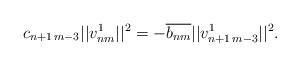
LaTeX: \begin{align*} c_{n+1\,m-3}||v_{nm}^1||^2= -\overline{b_{nm}}||v_{n+1\,m-3}^{1}||^2.\end{align*}